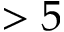
> 5